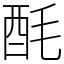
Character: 酕